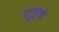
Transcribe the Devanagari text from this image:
गुइथे